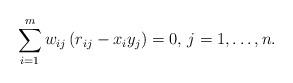
LaTeX: \begin{align*}\sum\limits_{i=1}^m w_{ij} \left( r_{ij}-x_{i}y_{j} \right)=0,\thinspace j=1,\mathellipsis ,n.\end{align*}